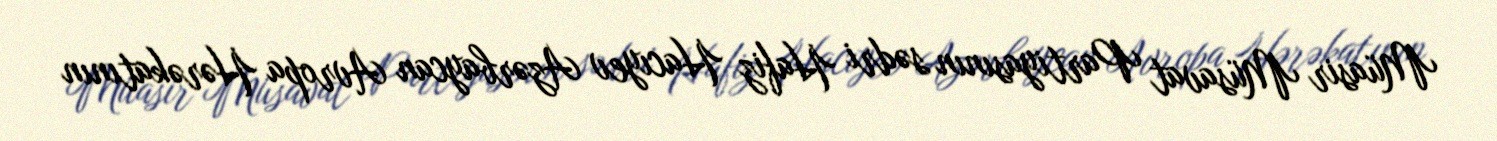
Müasir Müsavat Partiyasının sədri Hafiz Hacıyev Azərbaycan Avropa Hərəkatının